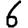
Digit: 6